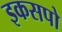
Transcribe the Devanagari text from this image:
इकसपो